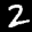
Label: 2